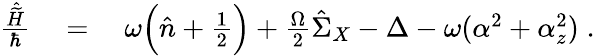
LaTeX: \begin{array}{rl}{\frac{\hat{\widetilde{H}}}{\hbar}}&{{}=\quad\omega\Big(\hat{n}+\frac 12\Big)+\frac{\Omega}{2}\hat{\Sigma}_{X}-\Delta-\omega(\alpha^{2}+\alpha_{z}^{2})\; .}\end{array}